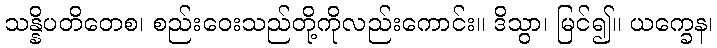
သန္နိပတိတေစ၊ စည်းဝေးသည်တို့ကိုလည်းကောင်း။ ဒိသွာ၊ မြင်၍။ ယက္ခေန၊